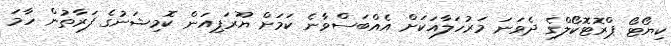
ކިޔޯޓޯ ޕްރޮޓޮކޯލްގެ ދެވަނަ މަރުހަލާއަކަށް އެއްބަސްވާނެ ކަމަށް ޔޫރަޕިއަން ކޮމިޝަނުގެ ފަރާތުން ހާމަ